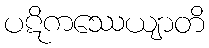
ပဋိကဿေယျာတိ